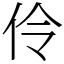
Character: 伶